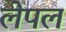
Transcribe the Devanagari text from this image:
लेपल